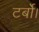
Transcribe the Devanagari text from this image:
टर्बो।